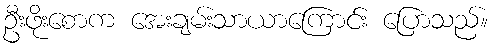
ဦးဖိုးစောက အေးချမ်းသာယာကြောင်း ပြောသည်။